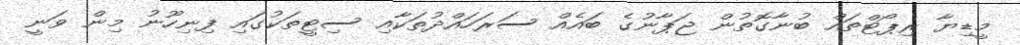
މީޑިޔާ ރިޕޯޓްތައް ބުނާގޮތުން ޖަޕާނުގެ ބައެއް ސަރަހައްދުތަކާއި ސިޓީތަކުގައި ފިނިހޫނު މިން ވަނީ